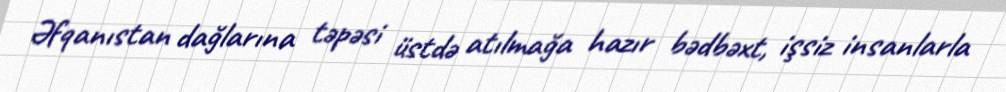
Əfqanıstan dağlarına təpəsi üstdə atılmağa hazır bədbəxt, işsiz insanlarla